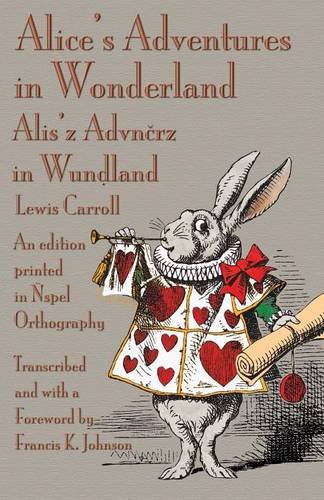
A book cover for Alice's Adventures in Wonderland: An edition printed in ÃEspel Orthography; Lewis Carroll; Science Fiction & Fantasy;